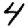
Digit: 4